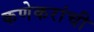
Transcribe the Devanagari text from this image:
कणेकरांची